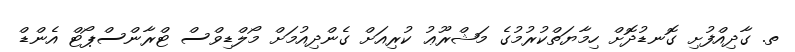
ތ. ގާދިއްފުށި ގޮނޑުދޮށް ހިމާޔަތްކުރުމުގެ މަޝްރޫޢު ކުރިއަށް ގެންދިއުމަށް މޯލްޑިވްސް ޓްރާންސްޕޯޓް އެންޑް